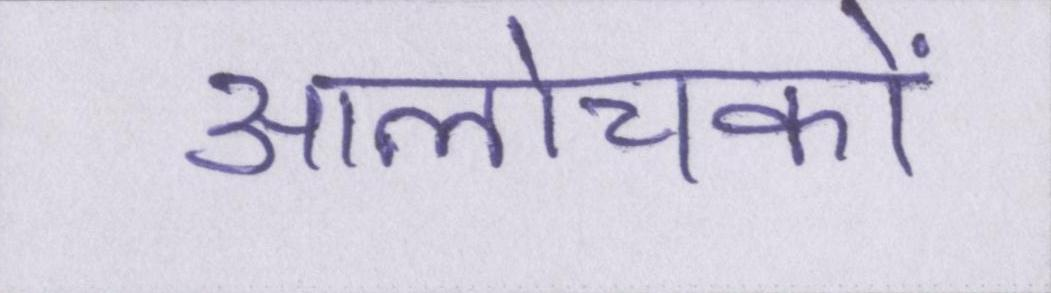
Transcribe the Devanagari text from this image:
आलोचकों